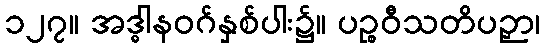
၁၂၇။ အဒ္ဓါနဝဂ်နှစ်ပါး၌။ ပဉ္စဝီသတိပဉှာ၊